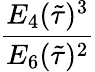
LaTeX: \frac{E_{4}(\tilde{\tau})^{3}}{E_{6}(\tilde{\tau})^{2}}